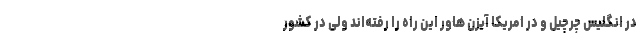
در انگلیس چرچیل و در امریکا آیزن هاور این راه را رفته‌اند ولی در کشور